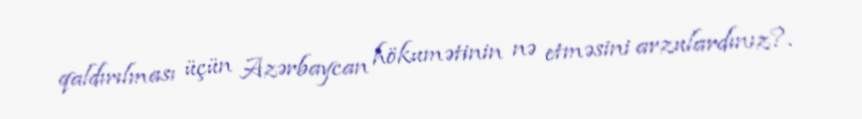
qaldırılması üçün Azərbaycan hökumətinin nə etməsini arzulardınız?.